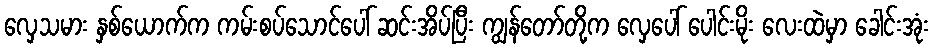
လှေသမား နှစ်ယောက်က ကမ်းစပ်သောင်ပေါ် ဆင်းအိပ်ပြီး ကျွန်တော်တို့က လှေပေါ် ပေါင်းမိုး လေးထဲမှာ ခေါင်းအုံး